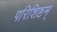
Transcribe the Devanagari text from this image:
परिशिष्टम्